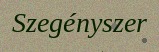
Szegényszer